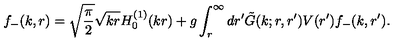
f _ { - } ( k , r ) = \sqrt { { \displaystyle { \frac { \pi } { 2 } } } } \sqrt { k r } H _ { 0 } ^ { ( 1 ) } ( k r ) + g \int _ { r } ^ { \infty } d r ^ { \prime } \tilde { G } ( k ; r , r ^ { \prime } ) V ( r ^ { \prime } ) f _ { - } ( k , r ^ { \prime } ) .